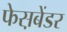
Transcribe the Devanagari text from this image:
फेस़बेंडर